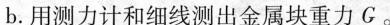
b.用测力计和细线测出金属块重力G。